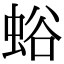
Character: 𧋉